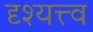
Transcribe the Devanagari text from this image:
दृश्‍यत्त्व